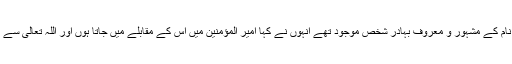
مسلمانوں کے لشکر میں ابن جزری نام کے مشہور و معروف بہادر شخص موجود تھے انہوں نے کہا امیر المؤمنین میں اس کے مقابلے میں جاتا ہوں اور اللہ تعالٰی سے اس کے مقابلے کی مدد مانگتا ہوں ۔